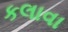
કલાવા